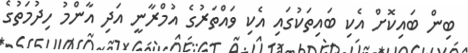
ބިން ބައިކޮށް އެކި ބައިތަކުގައި އެކި ވައްތަރުގެ އުމްރާނީ އަދި އާންމު ހިދުމަތުގެ